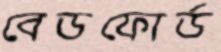
বেডফোর্ড